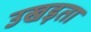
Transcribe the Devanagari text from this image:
उखड़ता